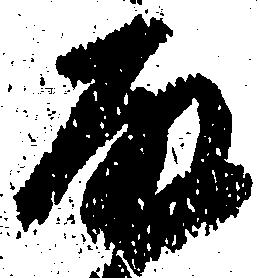
殿